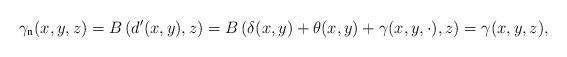
LaTeX: \begin{gather*}\gamma_{\mathfrak n}(x,y,z)=B\left(d'(x,y),z \right)=B\left(\delta(x,y)+\theta(x,y)+\gamma(x,y,\cdot),z \right)=\gamma(x,y,z),\end{gather*}